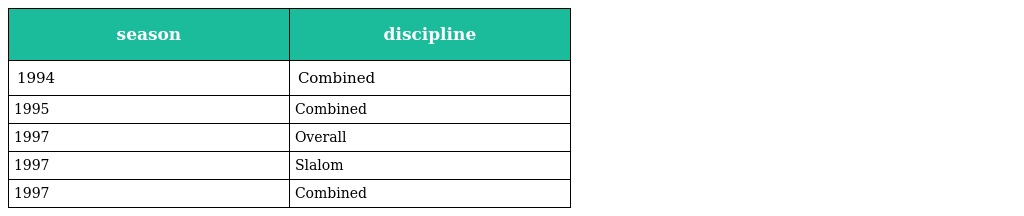
| season | discipline |
 | --- | --- |
 | 1994 | Combined |
 | 1995 | Combined |
 | 1997 | Overall |
 | 1997 | Slalom |
 | 1997 | Combined |